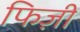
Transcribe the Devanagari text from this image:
फिज़ी